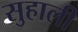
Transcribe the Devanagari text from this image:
सुहाली